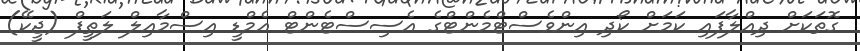
ގޮތަކަށް ދިއްލާފައި ކަމަށް ކޯދި އިންވެސްޓްމެންޓްގެ އެސިސްޓެންޓް އެމްޑީ އިސްމާއިލް ލަތީފް (ޖީކޭ)